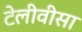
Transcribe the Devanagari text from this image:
टेलीवीसा